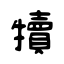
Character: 犢